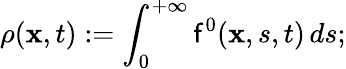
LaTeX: \rho(\mathbf{x},t):=\int_{0}^{+\infty}\mathsf{f}^{0}(\mathbf{x},s,t)\, ds;